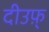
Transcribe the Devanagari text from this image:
दीउफ़्